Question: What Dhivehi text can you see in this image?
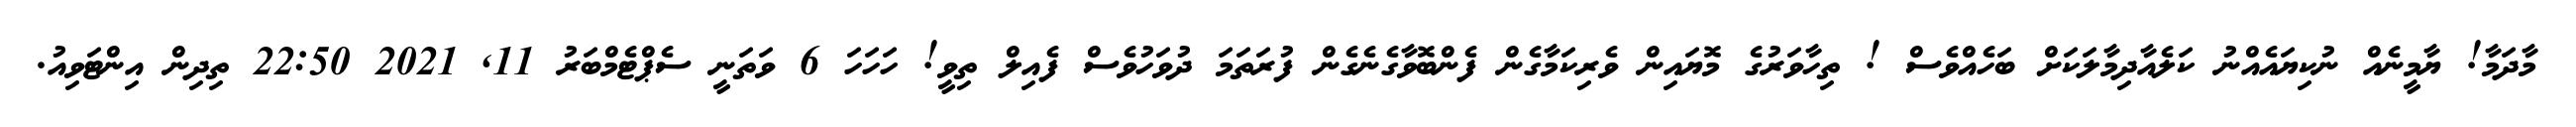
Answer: މާދަމާ! ޔާމީނެއް ނުކިޔައެއްނު ކަލެއާދިމާލަކަށް ބަހެއްވެސް ! ތިހާވަރުގެ މޮޔައިން ވެރިކަމާގެން ފެންބޮވާގެނެގެން ފުރަތަމަ ދުވަހުވެސް ފެއިލް ތިވީ! ހަހަހަ 6 ވަތަނީ ސެޕްޓެމްބަރު 11, 2021 22:50 ތިދިން އިންޓަވިއު.